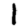
Digit: 1